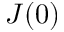
J ( 0 )